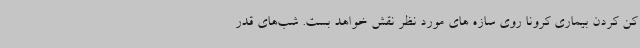
کن کردن بیماری کرونا روی سازه های مورد نظر نقش خواهد بست. شب‌های قدر